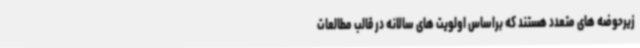
زیرحوضه های متعدد هستند که براساس اولویت های سالانه در قالب مطالعات